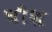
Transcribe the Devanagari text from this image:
घौश